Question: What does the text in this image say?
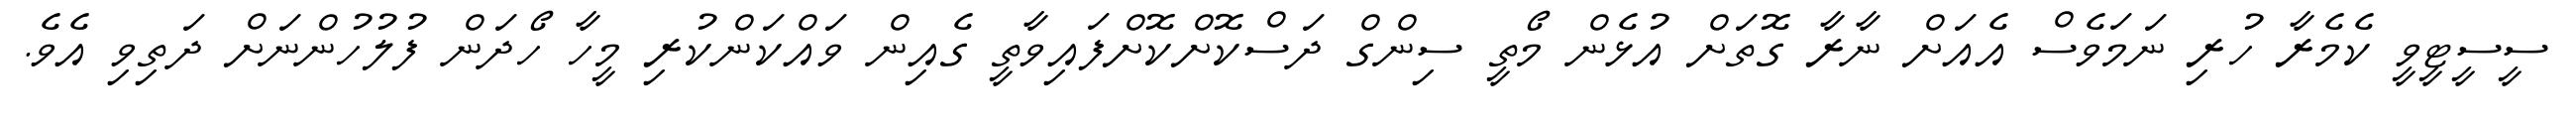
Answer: ސީސީޓީވީ ކެމެރާ ހުރި ނަމަވެސް އެއަށް ނާރާ ގޮތަށް އުޅެން މޯތީ ސިންގް ދަސްކޮށްކޮށްފައިވާތީ ގެއިން ވައްކަންކުރި މީހާ ހޯދަން ފުލުހުންނަށް ދަތިވި އެވެ.